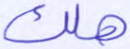
هلك